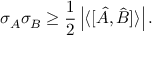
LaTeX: \sigma _ { A } \sigma _ { B } \geq { \frac { 1 } { 2 } } \left| \langle [ { \hat { A } } , { \hat { B } } ] \rangle \right| .